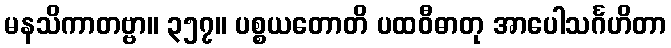
မနသိကာတဗ္ဗာ။ ၃၅၇။ ပစ္စယတောတိ ပထဝီဓာတု အာပေါသင်္ဂဟိတာ